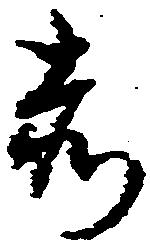
赤